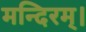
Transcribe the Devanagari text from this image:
मन्दिरम्।